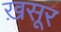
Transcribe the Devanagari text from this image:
ख़सूर